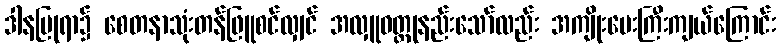
ဒါနပြုရာ၌ စေတနာသုံးတန်ဖြူစင်လျှင် အလှူဝတ္ထုနည်းသော်လည်း အကျိုးပေးကြီးကျယ်ကြောင်း